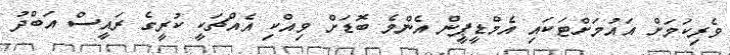
ވެރިކަމަށް އައުމަށްޓަކައި އެމްޑީޕީން އެންމެ ބޮޑަށް ވިއްކި އެއްޗަކީ ކުރީގެ ރައީސް އަބްދު